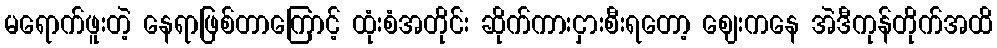
မရောက်ဖူးတဲ့ နေရာဖြစ်တာကြောင့် ထုံးစံအတိုင်း ဆိုက်ကားငှားစီးရတော့ ဈေးကနေ အဲဒီကုန်တိုက်အထိ